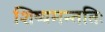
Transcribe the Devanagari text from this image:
शिष्यमन्ततिः